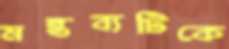
মন্তব্যটিকে